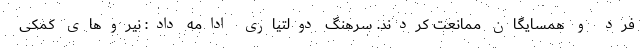
فرد و همسایگان ممانعت کردند. سرهنگ دولتیاری ادامه داد: نیروهای کمکی